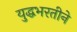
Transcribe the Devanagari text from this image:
युद्धभरतीने